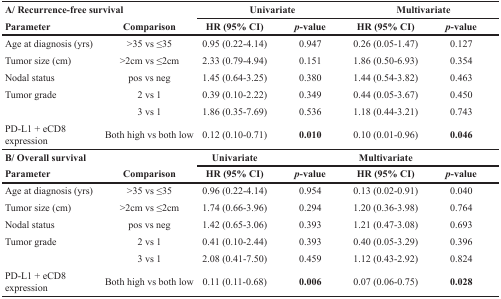
<table><thead><tr><td colspan="2"><b>A/Recurrence-free survival</b></td><td colspan="2"><b>Univariate</b></td><td colspan="2"><b>Multivariate</b></td></tr><tr><td><b>Parameter</b></td><td><b>Comparison</b></td><td><b>HR (95% CI)</b></td><td><b><i>p</i>-value</b></td><td><b>HR (95% CI)</b></td><td><b><i>p</i>-value</b></td></tr></thead><tbody><tr><td>Age at diagnosis (yrs)</td><td>&gt;35 vs ≤35</td><td>0.95 (0.22-4.14)</td><td>0.947</td><td>0.26 (0.05-1.47)</td><td>0.127</td></tr><tr><td>Tumor size (cm)</td><td>&gt;2cm vs ≤2cm</td><td>2.33 (0.79-4.94)</td><td>0.151</td><td>1.86 (0.50-6.93)</td><td>0.354</td></tr><tr><td>Nodal status</td><td>pos vs neg</td><td>1.45 (0.64-3.25)</td><td>0.380</td><td>1.44 (0.54-3.82)</td><td>0.463</td></tr><tr><td>Tumor grade</td><td>2 vs 1</td><td>0.39 (0.10-2.22)</td><td>0.349</td><td>0.44 (0.05-3.67)</td><td>0.450</td></tr><tr><td></td><td>3 vs 1</td><td>1.86 (0.35-7.69)</td><td>0.536</td><td>1.18 (0.44-3.21)</td><td>0.743</td></tr><tr><td>PD-L1 + eCD8 expression</td><td>Both high vs both low</td><td>0.12 (0.10-0.71)</td><td><b>0.010</b></td><td>0.10 (0.01-0.96)</td><td><b>0.046</b></td></tr><tr><td colspan="2"><b>B/Overall survival</b></td><td colspan="2"><b>Univariate</b></td><td colspan="2"><b>Multivariate</b></td></tr><tr><td><b>Parameter</b></td><td><b>Comparison</b></td><td><b>HR (95% CI)</b></td><td><b><i>p</i></b><b>-value</b></td><td><b>HR (95% CI)</b></td><td><b><i>p</i></b><b>-value</b></td></tr><tr><td>Age at diagnosis (yrs)</td><td>&gt;35 vs ≤35</td><td>0.96 (0.22-4.14)</td><td>0.954</td><td>0.13 (0.02-0.91)</td><td>0.040</td></tr><tr><td>Tumor size (cm)</td><td>&gt;2cm vs ≤2cm</td><td>1.74 (0.66-3.96)</td><td>0.294</td><td>1.20 (0.36-3.98)</td><td>0.764</td></tr><tr><td>Nodal status</td><td>pos vs neg</td><td>1.42 (0.65-3.06)</td><td>0.393</td><td>1.21 (0.47-3.08)</td><td>0.693</td></tr><tr><td>Tumor grade</td><td>2 vs 1</td><td>0.41 (0.10-2.44)</td><td>0.393</td><td>0.40 (0.05-3.29)</td><td>0.396</td></tr><tr><td></td><td>3 vs 1</td><td>2.08 (0.41-7.50)</td><td>0.459</td><td>1.12 (0.43-2.92)</td><td>0.824</td></tr><tr><td>PD-L1 + eCD8 expression</td><td>Both high vs both low</td><td>0.11 (0.11-0.68)</td><td><b>0.006</b></td><td>0.07 (0.06-0.75)</td><td><b>0.028</b></td></tr></tbody></table>